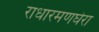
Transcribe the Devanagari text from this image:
राधारमणघेरा